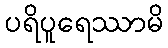
ပရိပူရေဿာမိ